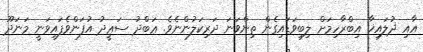
އާއި ޛުލައިޚާ އިބްރާހިމަށް ލިބިވަޑައިގެން ތިންވަނަ ދަރިކަލުންނެވެ. ޢަބްދު ސަޢީދު އުފަންވެފައިވަނީ މަނަދޫ